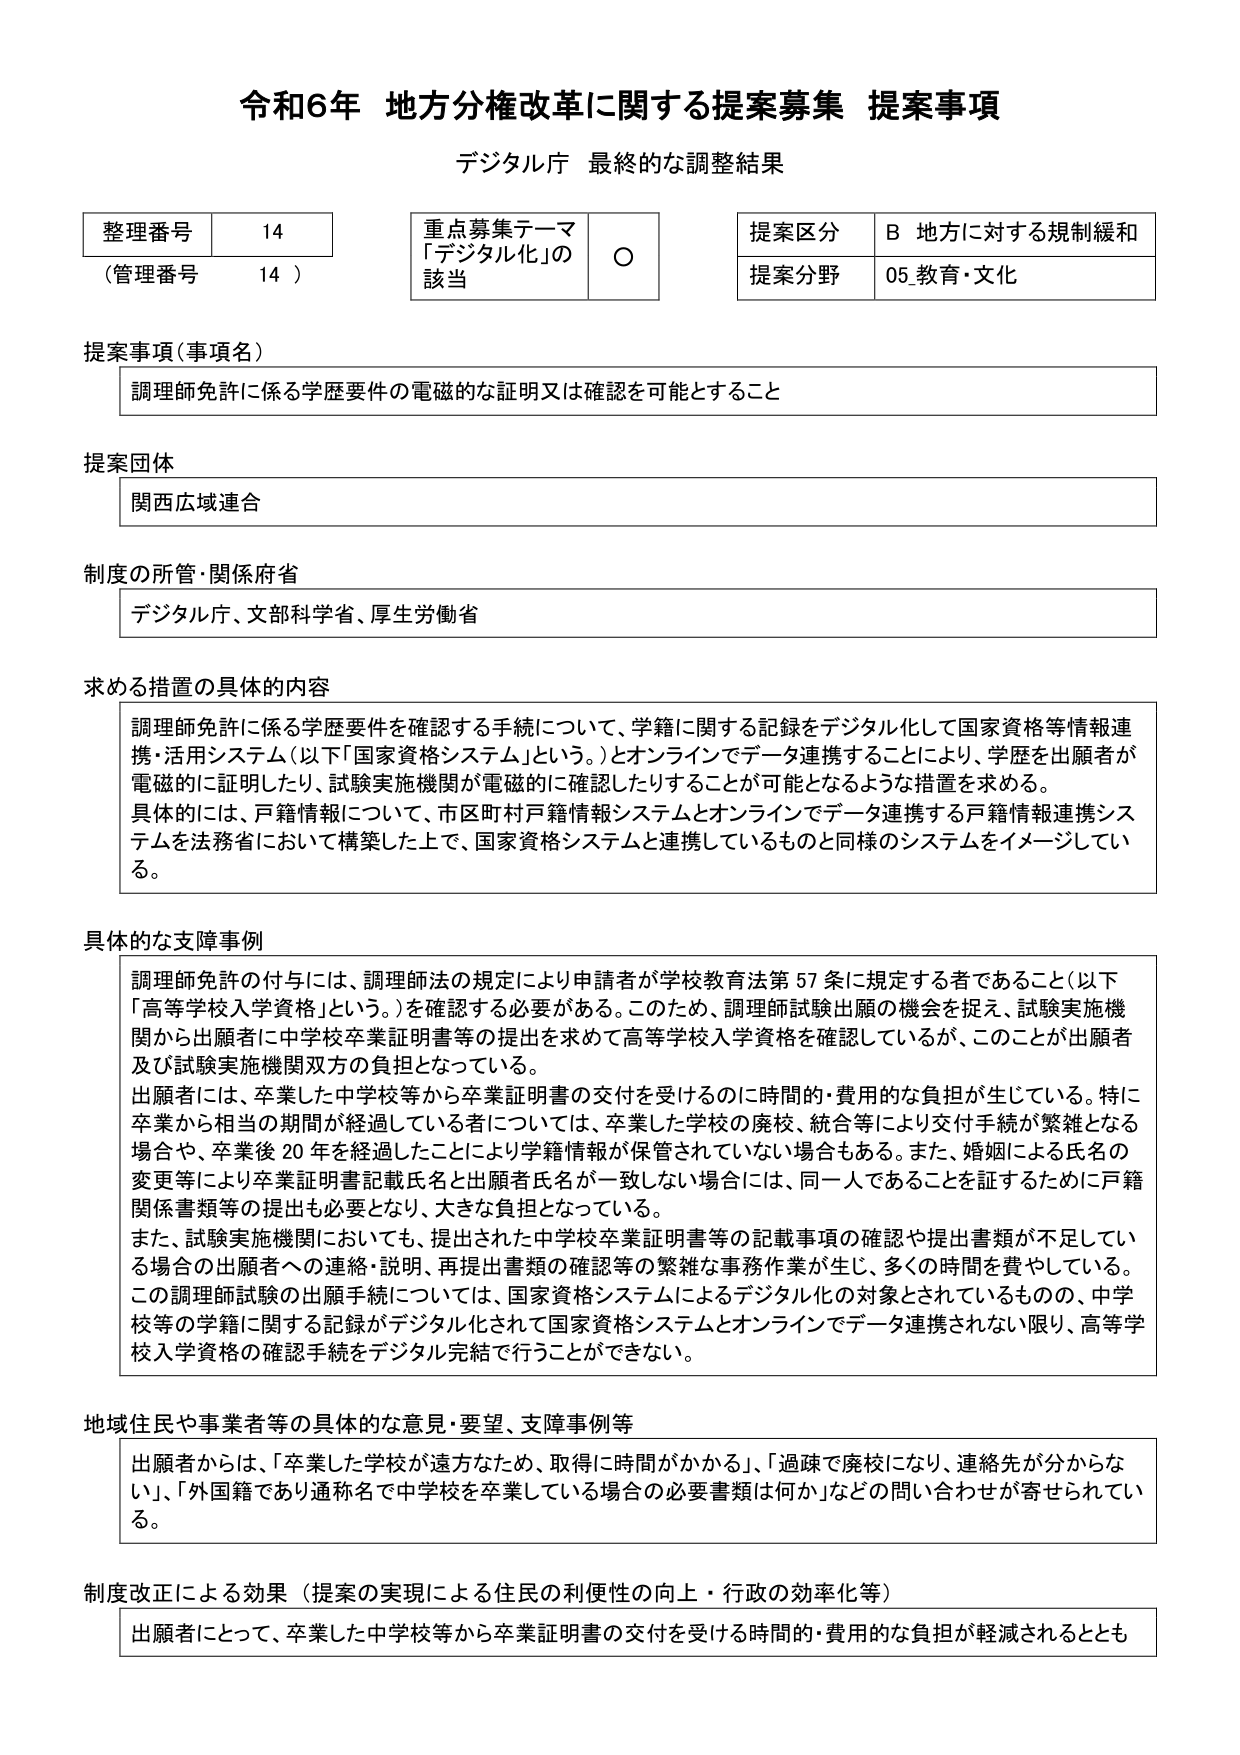
令和6年 地方分権改革に関する提案募集 提案事項
デジタル庁 最終的な調整結果

整理番号 14
（管理番号 14）

重点募集テーマ
「デジタル化」の該当 ○

提案区分 B 地方に対する規制緩和
提案分野 05 教育・文化

提案事項（事項名）
調理師免許に係る学歴要件の電磁的な証明又は確認を可能とすること

提案団体
関西広域連合

制度の所管・関係府省
デジタル庁、文部科学省、厚生労働省

求める措置の具体的内容
調理師免許に係る学歴要件を確認する手続について、学籍に関する記録をデジタル化して国家資格等情報連携・活用システム（以下「国家資格システム」という。）とオンラインでデータ連携することにより、学歴を出願者が電磁的に証明したり、試験実施機関が電磁的に確認したりすることが可能となるような措置を求める。
具体的には、戸籍情報について、市区町村戸籍情報システムとオンラインでデータ連携する戸籍情報連携システムを法務省において構築した上で、国家資格システムと連携しているものと同様のシステムをイメージしている。

具体的な支障事例
調理師免許の付与には、調理師法の規定により申請者が学校教育法第57条に規定する者であること（以下「高等学校入学資格」という。）を確認する必要がある。このため、調理師試験出願の機会を捉え、試験実施機関から出願者に中学校卒業証明書等の提出を求めて高等学校入学資格を確認しているが、このことが出願者及び試験実施機関双方の負担となっている。
出願者には、卒業した中学校等から卒業証明書の交付を受けるのに時間的・費用的な負担が生じている。特に卒業から相当の期間が経過している者については、卒業した学校の廃校、統合等により交付手続が繁雑となる場合や、卒業後20年を経過したことにより学籍情報が保管されていない場合もある。また、婚姻による氏名の変更等により卒業証明書記載氏名と出願者氏名が一致しない場合には、同一人であることを証するために戸籍関係書類等の提出も必要となり、大きな負担となっている。
また、試験実施機関においても、提出された中学校卒業証明書等の記載事項の確認や提出書類が不足している場合の出願者への連絡・説明、再提出書類の確認等の繁雑な事務作業が生じ、多くの時間を費やしている。この調理師試験の出願手続については、国家資格システムによるデジタル化の対象とされているものの、中学校等の学籍に関する記録がデジタル化されて国家資格システムとオンラインでデータ連携されない限り、高等学校入学資格の確認手続をデジタル完結で行うことができない。

地域住民や事業者等の具体的な意見・要望、支障事例等
出願者からは、「卒業した学校が遠方なため、取得に時間がかかる」、「過疎で廃校になり、連絡先が分からない」、「外国籍であり通称名で中学校を卒業している場合の必要書類は何か」などの問い合わせが寄せられている。

制度改正による効果（提案の実現による住民の利便性の向上・行政の効率化等）
出願者にとって、卒業した中学校等から卒業証明書の交付を受ける時間的・費用的な負担が軽減されるとも